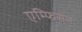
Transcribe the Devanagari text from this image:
एम्फिसेन